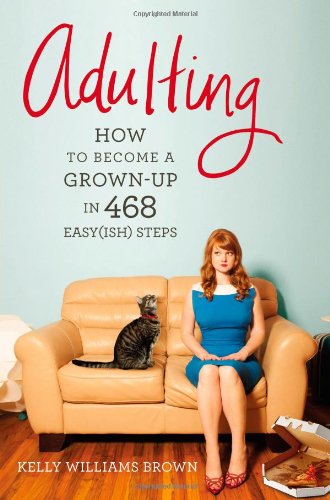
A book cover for Adulting: How to Become a Grown-up in 468 Easy(ish) Steps; Kelly Williams Brown; Humor & Entertainment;